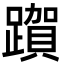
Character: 𮜗